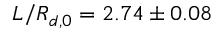
L / R _ { d , 0 } = 2 . 7 4 \pm 0 . 0 8